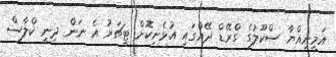
އަމީނިއްޔާ ސްކޫލުގެ ގްރޭޑް ދޭއްގައި އުޅެނިކޮށް ޓީޗަރު އެ ނަން ދިނީ ކްލާސް